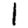
Digit: 1